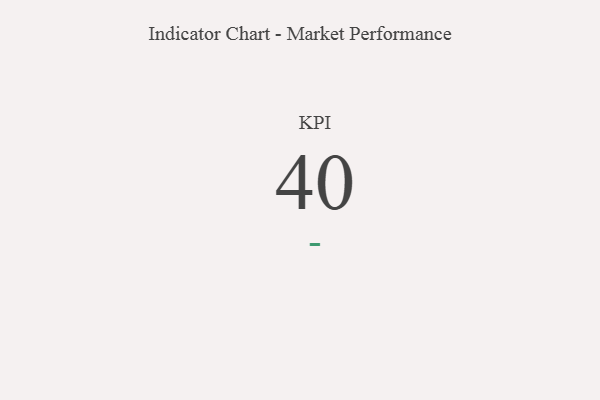
{"axis": {"x": "KPI", "y": "Value"}, "legend": [""], "data": [{"x": "KPI", "y": 40, "type": ""}]}